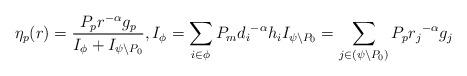
LaTeX: \begin{align*} \eta_p(r)=\frac{P_p r^{-\alpha}{g_p}}{I_{\phi}+ I_{\psi\setminus P_0}}, I_{\phi}=\sum\limits_{i\in \phi}P_m{d_i}^{-\alpha}{h_i} I_{\psi\setminus P_0}=\sum\limits_{j\in (\psi \setminus P_0)}P_p{r_j}^{-\alpha}{g_j}\end{align*}